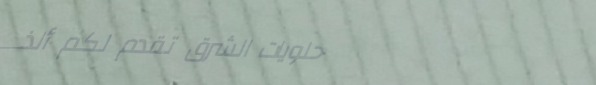
حلويات الشرق تقدم لكم ألذ